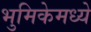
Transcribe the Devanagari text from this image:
भुमिकेमध्ये